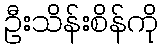
ဦးသိန်းစိန်ကို